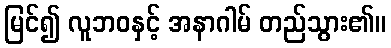
မြင်၍ လူဘဝနှင့် အနာဂါမ် တည်သွား၏။